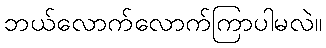
ဘယ်လောက်လောက်ကြာပါမလဲ။